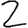
Digit: 2